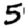
Digit: 5